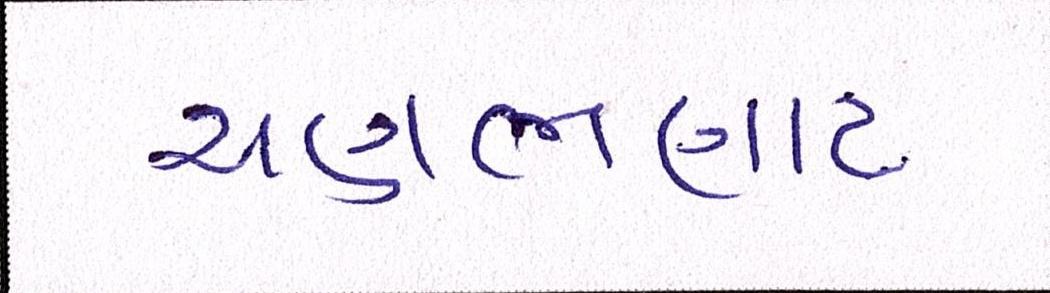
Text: ચણભણાટ